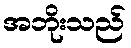
အဘိုးသည်